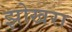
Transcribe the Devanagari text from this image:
झोखरा